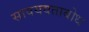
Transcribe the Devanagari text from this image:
सावयवताबोध